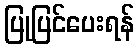
ပြုပြင်ပေးရန်